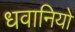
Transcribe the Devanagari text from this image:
धवानियों